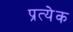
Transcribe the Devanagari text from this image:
प्रत्येेक